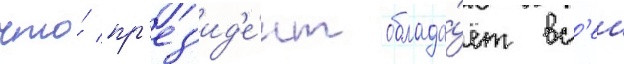
что́ пр'ез'ид'е́нт облада́ет вс'еи